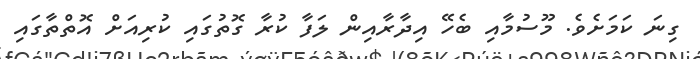
ގިނަ ކަމަށެވެ. މޫސުމާއި ބެހޭ އިދާރާއިން ލަފާ ކުރާ ގޮތުގައި ކުރިއަށް އޮތްތާގައި